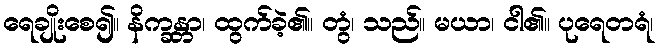
ရေချိုးစေ၍။ နိက္ခန္တာ၊ ထွက်ခဲ့၏။ တွံ၊ သည်။ မယာ၊ ငါ၏။ ပုရေတရံ၊